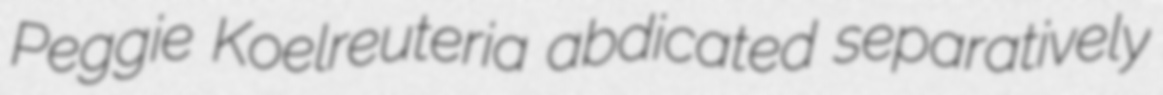
Peggie Koelreuteria abdicated separatively